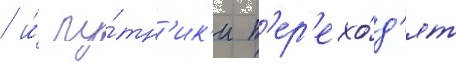
/ и́ пу́тн'ик'и п'ер'ехо́д'ят